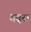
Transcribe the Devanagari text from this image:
दतूरा